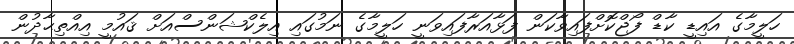
ހަލީމާގެ އައިޑީ ކާޑް ފޯޖްކޮށްފައިވާކަން ފަޅާއަރާފައިވަނީ ހަލީމާގެ ނަމުގައި އިލެކްޝަންސްއަށް ޤައުމީ އިއްތިޙާދުން